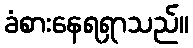
ခံစားနေရရှာသည်။